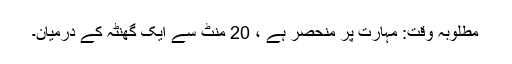
مطلوبہ وقت: مہارت پر منحصر ہے ، 20 منٹ سے ایک گھنٹہ کے درمیان۔